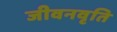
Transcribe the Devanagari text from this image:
जीवनवृति